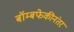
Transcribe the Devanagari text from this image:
बॉम्बफेकीनंतर